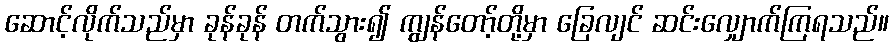
ဆောင့်လိုက်သည်မှာ ခုန်ခုန် တက်သွား၍ ကျွန်တော့်တို့မှာ ခြေလျင် ဆင်းလျှောက်ကြရသည်။